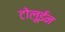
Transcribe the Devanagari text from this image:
टोलूईन